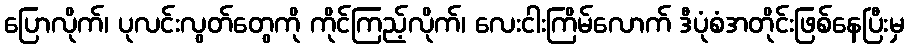
ပြောလိုက်၊ ပုလင်းလွတ်တွေကို ကိုင်ကြည့်လိုက်၊ လေးငါးကြိမ်လောက် ဒီပုံစံအတိုင်းဖြစ်နေပြီးမှ